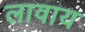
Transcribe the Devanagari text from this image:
लावाय